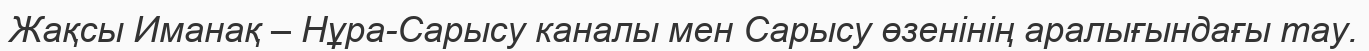
Жақсы Иманақ – Нұра-Сарысу каналы мен Сарысу өзенінің аралығындағы тау.